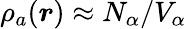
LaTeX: \rho_{a}(\boldsymbol{r})\approx N_{\alpha}/V_{\alpha}